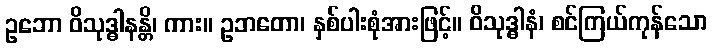
ဥဘော ဝိသုဒ္ဓါနန္တိ၊ ကား။ ဥဘတော၊ နှစ်ပါးစုံအားဖြင့်။ ဝိသုဒ္ဓါနံ၊ စင်ကြယ်ကုန်သော